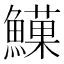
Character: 𩻧